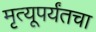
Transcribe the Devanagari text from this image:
मृत्यूपर्यंतचा